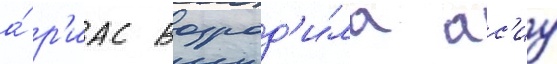
а́ р'иас возрод'и́ла ас'иу